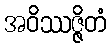
အဝိဿဇ္ဇိတံ